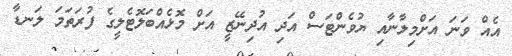
އެއް ވަނަ އަށްމިލާނާއި ޔުވެންޓަސް އަދި އުދިނޭޒީ އަށް މޮޅެއްބަލޮޓެލީގެ ފުރަތަމަ ލަނޑާ